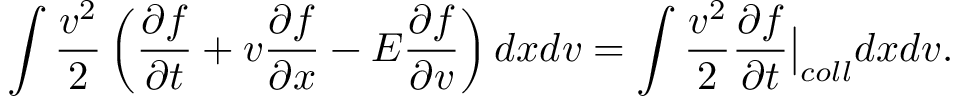
\int \frac { v ^ { 2 } } { 2 } \left( \frac { \partial f } { \partial t } + v \frac { \partial f } { \partial x } - E \frac { \partial f } { \partial v } \right) d x d v = \int \frac { v ^ { 2 } } { 2 } \frac { \partial f } { \partial t } \bigr \rvert _ { c o l l } d x d v .